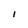
Character: i